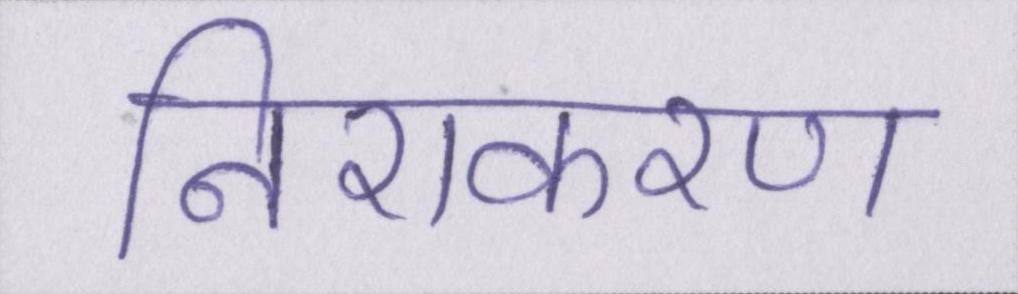
निराकरण